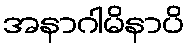
အနာဂါမိနာပိ